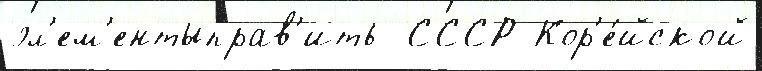
эл'ем'ентыправ'ить  СССР Кор'е́йской